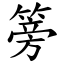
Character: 篣